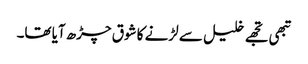
تبھی تجھے خلیل سے لڑنے کا شوق چڑھ آیا تھا۔